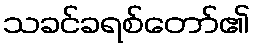
သခင်ခရစ်တော်၏